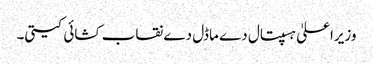
وزیراعلیٰ ہسپتال دے ماڈل دے نقاب کشائی کیتی۔